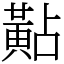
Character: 黇